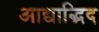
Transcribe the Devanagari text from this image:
आद्याद्भिद